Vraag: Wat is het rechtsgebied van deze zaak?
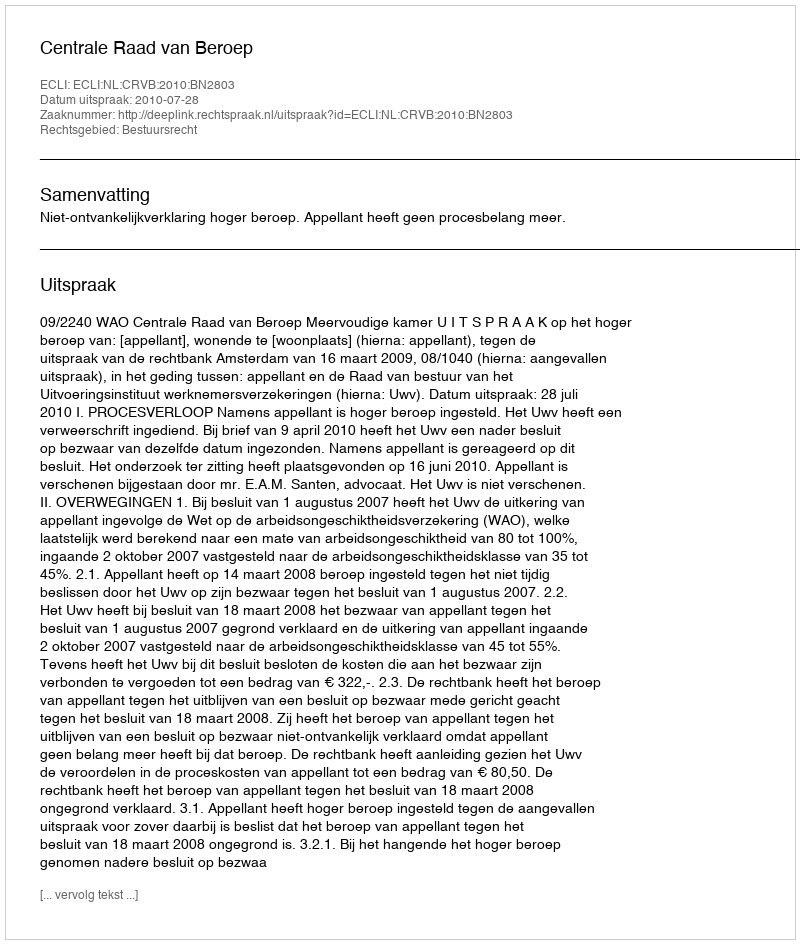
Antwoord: Bestuursrecht